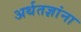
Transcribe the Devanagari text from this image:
अर्थतज्ञांना